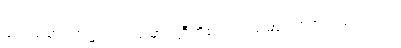
ဖလသမာပတ်၌။ ဖလသမာပတ္တီတိစ၊ ဖလသမာပတ်ဟူသည်လည်း။